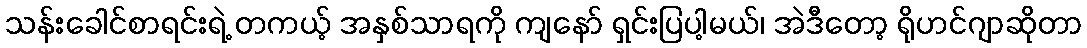
သန်းခေါင်စာရင်းရဲ့ တကယ့် အနှစ်သာရကို ကျနော် ရှင်းပြပါ့မယ်၊ အဲဒီတော့ ရိုဟင်ဂျာဆိုတာ